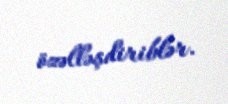
özəlləşdiriblər.